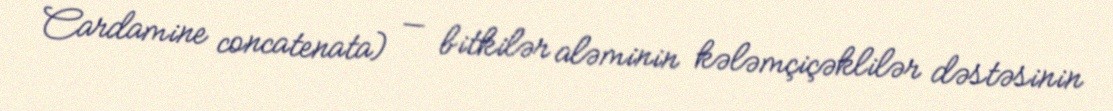
Cardamine concatenata) — bitkilər aləminin kələmçiçəklilər dəstəsinin